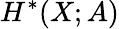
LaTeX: H^{*}(X;A)